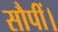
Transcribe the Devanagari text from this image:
सौपीं।